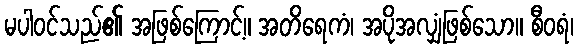
မပါဝင်သည်၏ အဖြစ်ကြောင့်။ အတိရေကံ၊ အပိုအလျှံဖြစ်သော။ စီဝရံ၊